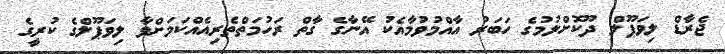
ޖެރާޑް ލިވަޕޫލް ދޫކޮށްލުމުގެ ހަބަރު އާއްމުވުމާއެކު އޭނާގެ ގާތް ރަހުމަތްތެރިއެއްކަމަށްވާ ލިވަޕޫލްގެ ކުރީގެ